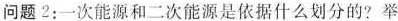
问题2：一次能源和二次能源是依据什么划分的?举